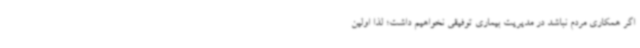
اگر همکاری مردم نباشد در مدیریت بیماری توفیقی نخواهیم داشت؛ لذا اولین